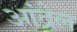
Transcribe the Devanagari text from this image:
आंद्रेल